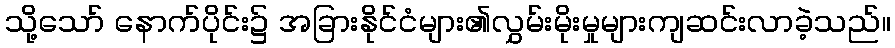
သို့သော် နောက်ပိုင်း၌ အခြားနိုင်ငံများ၏လွှမ်းမိုးမှုများကျဆင်းလာခဲ့သည်။